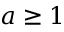
a \geq 1